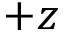
+ z